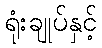
ရုံးချုပ်နှင့်